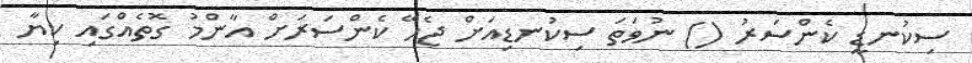
ސިކުނޑީ ކެންސަރު () ނުވަތަ ސިކުނޑިއަށް ޖެހޭ ކެންސަރަށް އާންމު ގޮތެއްގައި ކިޔާ